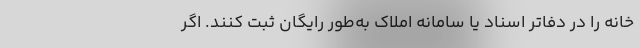
خانه را در دفاتر اسناد یا سامانه املاک به‌طور رایگان ثبت کنند. اگر